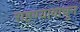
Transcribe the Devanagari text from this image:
राहण्यावाचून